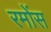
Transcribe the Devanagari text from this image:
रमोंस